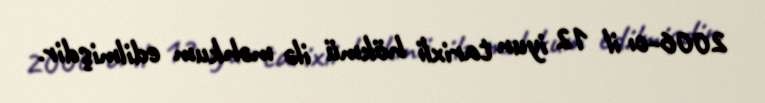
2006-cı il 12 iyun tarixli hökmü ilə məhkum edilmişdir.